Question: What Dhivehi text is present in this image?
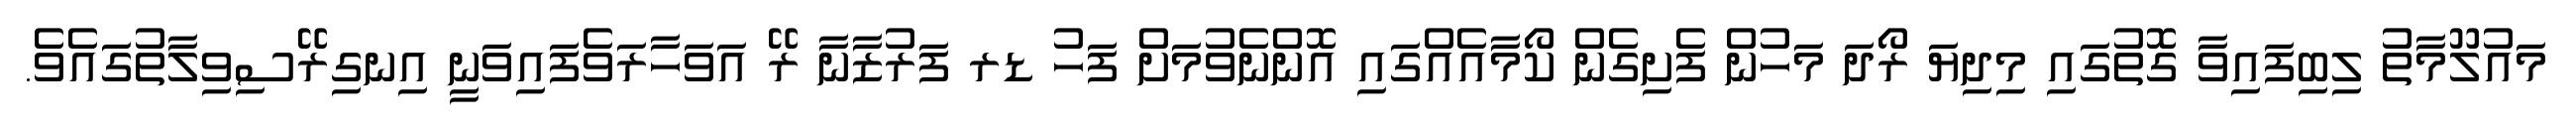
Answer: މައުލޫމާތު ލިބިފައިވާ ގޮތުގައި މިދިޔަ ރޯދަ މަހުން ފެށިގެން ކޯމާއެއްގައި އޮންނެވުމަށް ފަހު ޑރ ފަރުޒާނާ ރޭ އަވަހާރަވެފައިވަނީ އިނގިރޭސިވިލާތުގައެވެ.